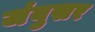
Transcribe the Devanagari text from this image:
जंबुसर